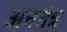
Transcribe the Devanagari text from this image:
अनतंत्र